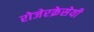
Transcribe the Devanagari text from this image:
रोजेरक्रेसेयी